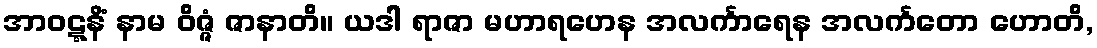
အာဝဋ္ဋနိံ နာမ ဝိဇ္ဇံ ဇာနာတိ။ ယဒါ ရာဇာ မဟာရဟေန အလင်္ကာရေန အလင်္ကတော ဟောတိ,